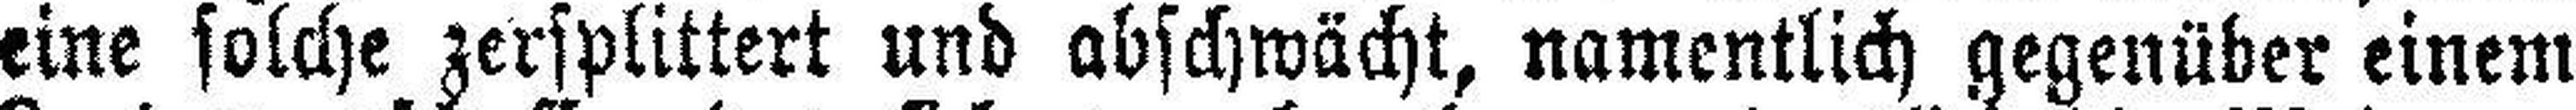
eine solche zersplittert und abschwächt, namentlich gegenüber einem